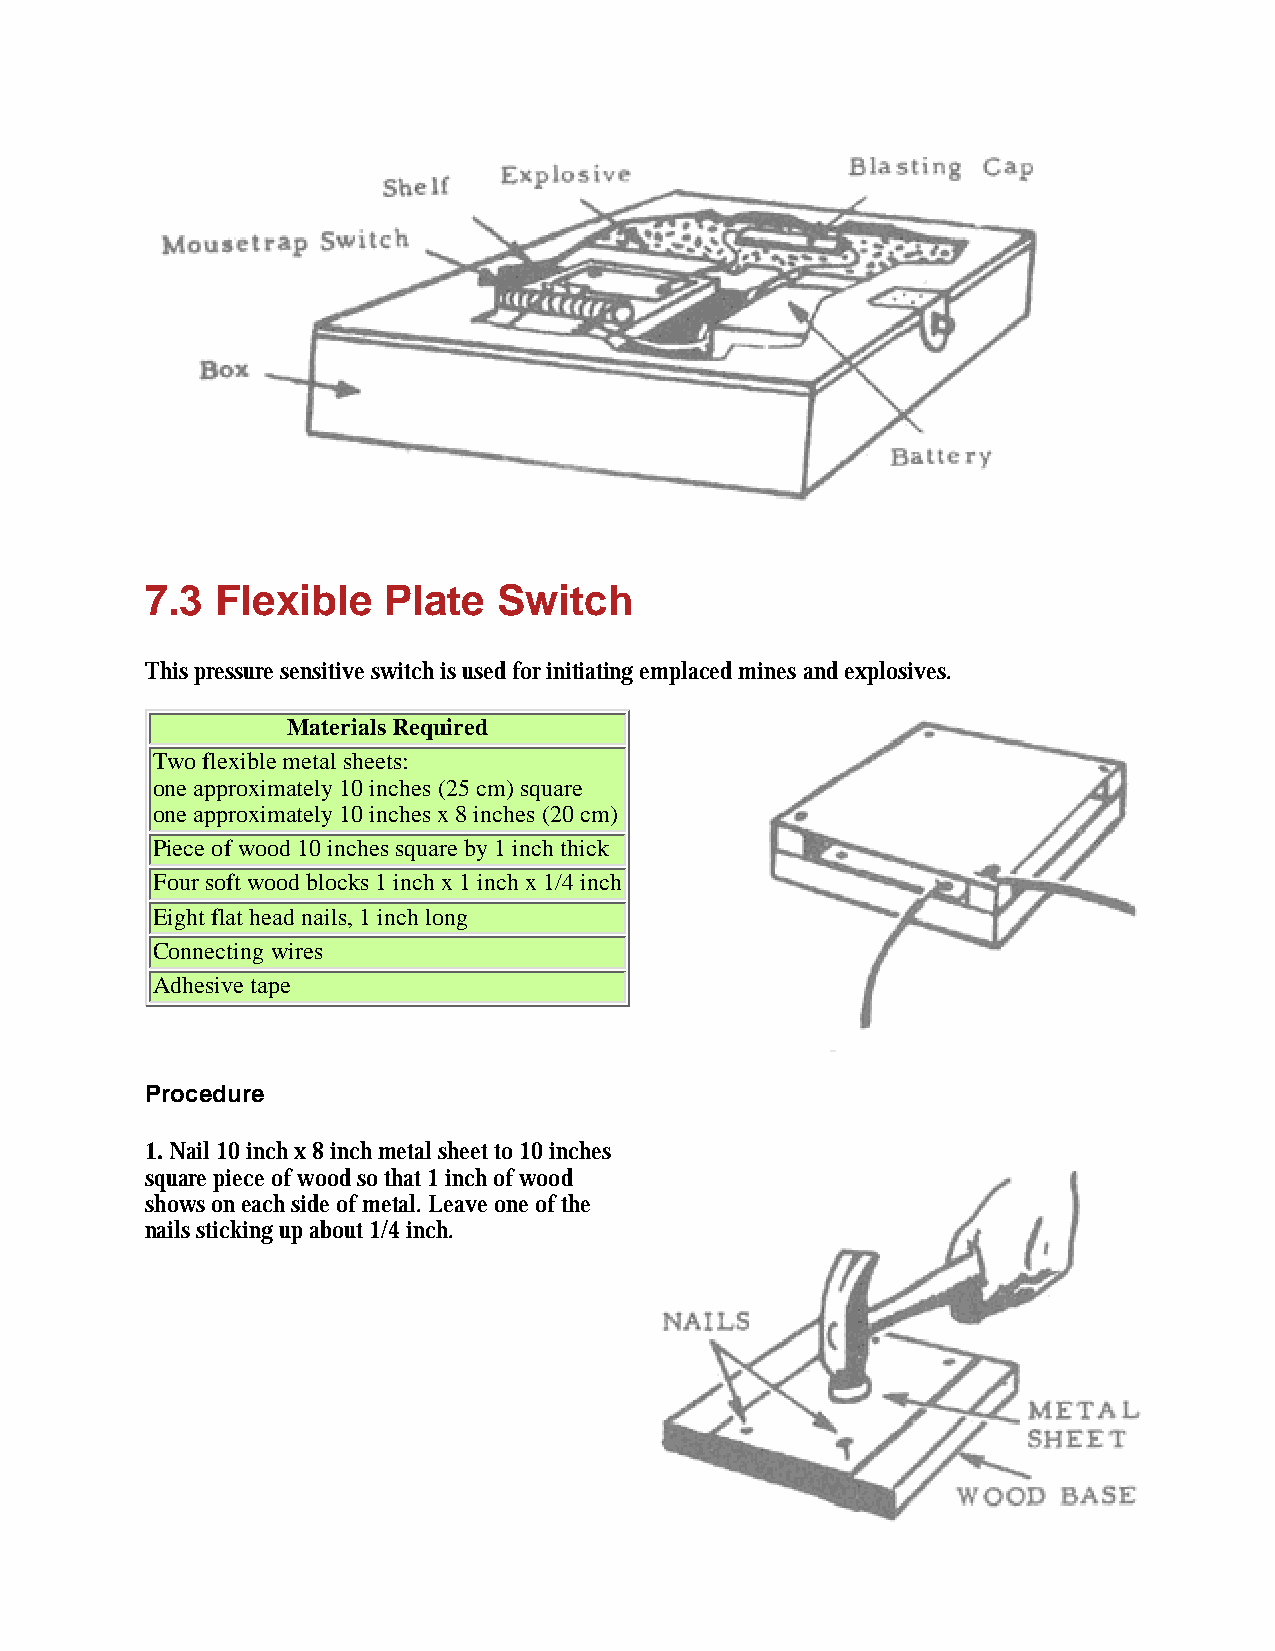
7.3 Flexible   Plate   Switch
 This pressure sensitive switch is used for initiating emplaced mines and explosives.
 Materials Required
 Two flexible metal sheets:
 one approximately 10 inches (25 cm) square
 one approximately 10 inches x 8 inches (20 cm)
 Piece of wood 10 inches square by 1 inch thick
 Four soft wood blocks 1 inch x 1 inch x 1/4 inch
 Eight flat head nails, 1 inch long
 Connecting wires
 Adhesive tape
 Procedure
 1. Nail 10 inch x 8 inch metal sheet to 10 inches
 square piece of wood so that 1 inch of wood
 shows on each side of metal. Leave one of the
 nails sticking up about 1/4 inch.